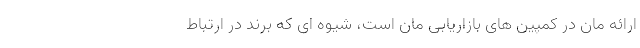
ارائه مان در کمپین های بازاریابی مان است، شیوه ای که برند در ارتباط